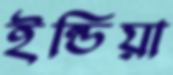
ইন্ডিয়া